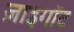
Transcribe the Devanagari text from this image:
ज़ाइगॉट